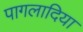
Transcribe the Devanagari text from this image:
पागलादिया